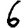
Digit: 6